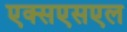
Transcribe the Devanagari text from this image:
एक्सएसएल